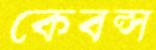
কেবল্স